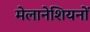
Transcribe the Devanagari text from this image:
मेलानेशियनों